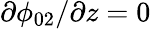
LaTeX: \partial\phi_{02}/\partial z=0